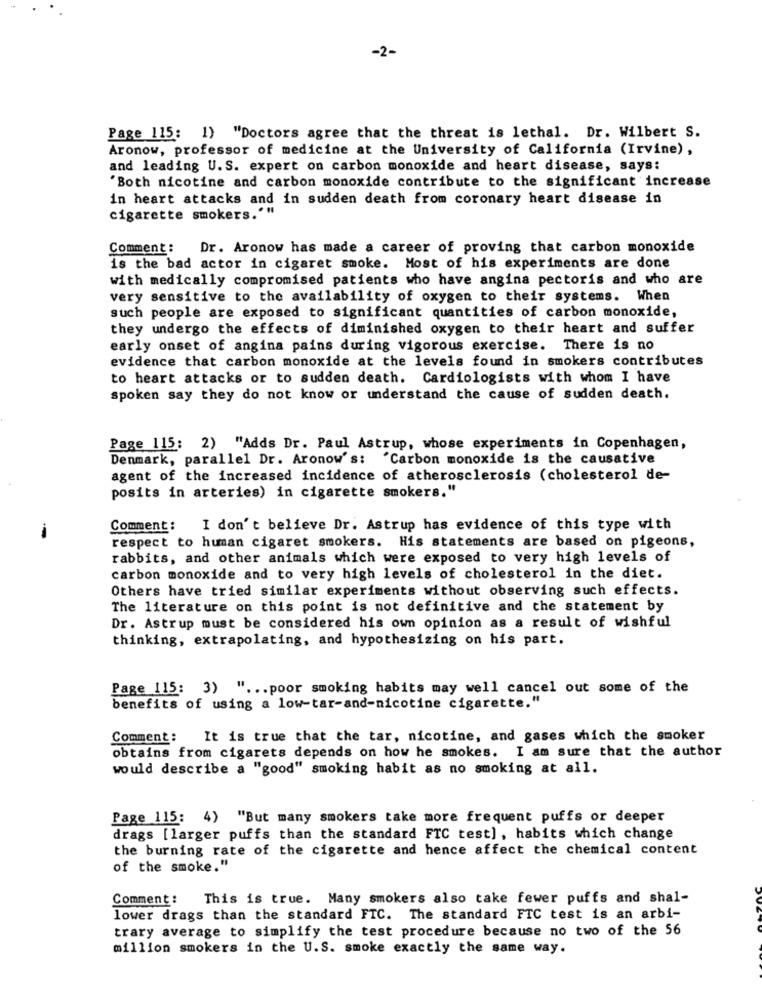
-2-
Page 115: 1) "Doctors agree that the threat is lethal. Dr. Wilbert S.
Aronow, professor of medicine at the University of California (Irvine),
and leading U.S. expert on carbon monoxide and heart disease, says:
"Both nicotine and carbon monoxide contribute to the significant increase
in heart attacks and in sudden death from coronary heart disease in
cigarette smokers.""
Comment:
Dr. Aronow has made a career of proving that carbon monoxide
is the bad actor in cigaret smoke. Most of his experiments are done
with medically compromised patients who have angina pectoris and who are
very sensitive to the availability of oxygen to their systems. When
such people are exposed to significant quantities of carbon monoxide,
they undergo the effects of diminished oxygen to their heart and suffer
early onset of angina pains during vigorous exercise. There is no
evidence that carbon monoxide at the levels found in smokers contributes
to heart attacks or to sudden death. Cardiologists with whom I have
spoken say they do not know or understand the cause of sudden death.
Page 115: 2) "Adds Dr. Paul Astrup, whose experiments in Copenhagen,
Denmark, parallel Dr. Aronow's: 'Carbon monoxide is the causative
agent of the increased incidence of atherosclerosis (cholesterol de-
posits in arteries) in cigarette smokers."
Comment:
I don't believe Dr. Astrup has evidence of this type with
respect to human cigaret smokers. His statements are based on pigeons,
rabbits, and other animals which were exposed to very high levels of
carbon monoxide and to very high levels of cholesterol in the diet.
Others have tried similar experiments without observing such effects.
The literature on this point is not definitive and the statement by
Dr. Astrup must be considered his own opinion as a result of wishful
thinking, extrapolating, and hypothesizing on his part.
Page 115: 3) " ... poor smoking habits may well cancel out some of the
benefits of using a low-tar-and-nicotine cigarette."
Comment :
It is true that the tar, nicotine, and gases which the smoker
obtains from cigarets depends on how he smokes. I am sure that the author
would describe a "good" smoking habit as no smoking at all.
Page 115: 4) "But many smokers take more frequent puffs or deeper
drags [larger puffs than the standard FTC test], habits which change
the burning rate of the cigarette and hence affect the chemical content
of the smoke."
Comment :
This is true. Many smokers also take fewer puffs and shal-
lower drags than the standard FTC. The standard FTC test is an arbi-
trary average to simplify the test procedure because no two of the 56
million smokers in the U.S. smoke exactly the same way.